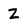
Character: z